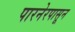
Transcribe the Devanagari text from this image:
पारनेरपासून